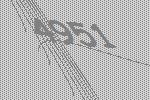
4951